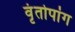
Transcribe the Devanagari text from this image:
वृंतोपांग